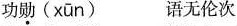
功勋(xūn) 语无伦次